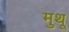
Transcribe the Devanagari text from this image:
मुथू